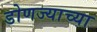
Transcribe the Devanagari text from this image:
डोणज्याच्या